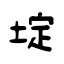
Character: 埞